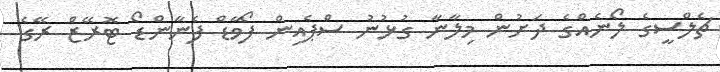
ޗެލްސީގެ ލޯނެއްގެ ދަށުން މިލާނާ ގުޅުނު ސްޕެއިން ފޯވާޑް ފެނާންޑޯ ޓޮރޭޒް ރޭގެ